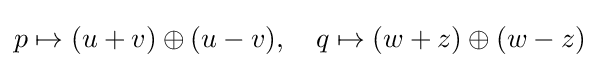
p\mapsto (u+v)\oplus (u-v),\quad q\mapsto (w+z)\oplus (w-z)